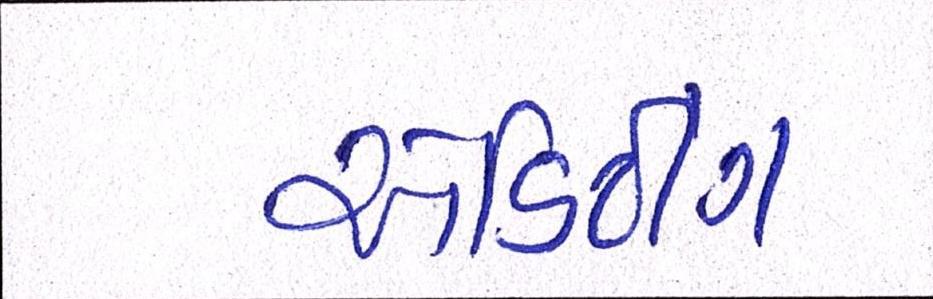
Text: એડિટીંગ